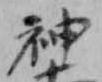
神